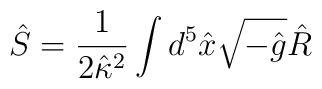
\hat S=\frac{1}{2\hat  \kappa{}^2}\int d^5\hat{x}\sqrt{-\hat{g}}\hat{R}